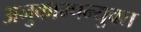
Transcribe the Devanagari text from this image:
अनुकाम्पन्युक्त